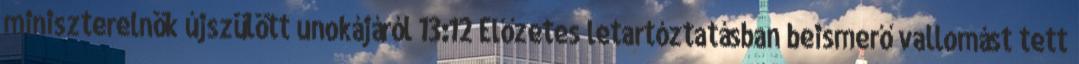
miniszterelnök újszülött unokájáról 13:12 Előzetes letartóztatásban beismerő vallomást tett